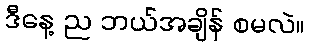
ဒီနေ့ ည ဘယ်အချိန် စမလဲ။